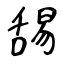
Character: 舓